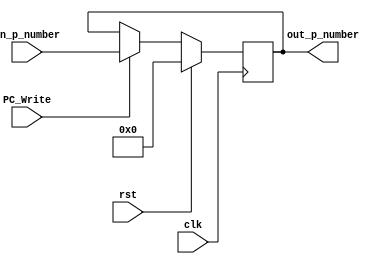
//PC


module PC ( 
    input wire clk,
    input wire rst,
    input wire PC_Write,

    input wire[31:0] in_p_number,
    output wire[31:0] out_p_number
);

reg[31:0] counter;

always @(posedge clk) begin
    if(rst)begin
        counter <= 0;
    end else if(PC_Write) begin
        counter <= in_p_number;
    end
end

assign out_p_number = counter;

endmodule